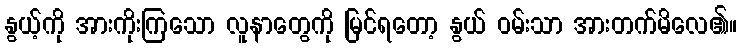
နွယ့်ကို အားကိုးကြသော လူနာတွေကို မြင်ရတော့ နွယ် ဝမ်းသာ အားတက်မိလေ၏။